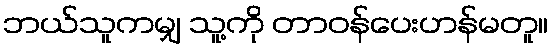
ဘယ်သူကမျှ သူ့ကို တာဝန်ပေးဟန်မတူ။